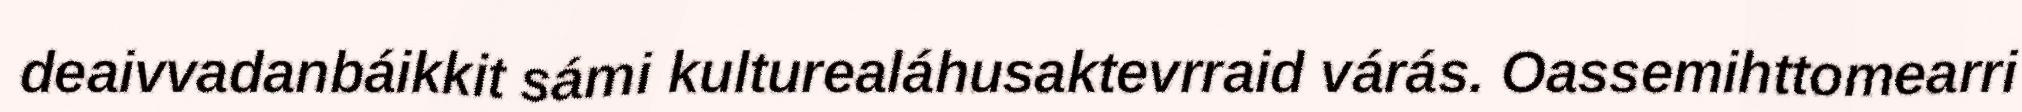
deaivvadanbáikkit sámi kulturealáhusaktevrraid várás. Oassemihttomearri